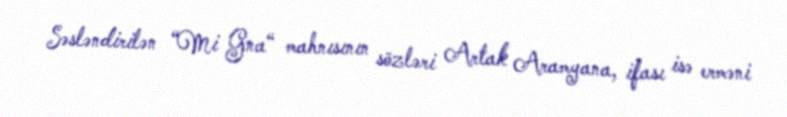
Səsləndirilən “Mi Gna“ mahnısının sözləri Artak Aramyana, ifası isə erməni